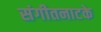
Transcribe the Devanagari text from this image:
संगीतनाटके